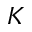
K